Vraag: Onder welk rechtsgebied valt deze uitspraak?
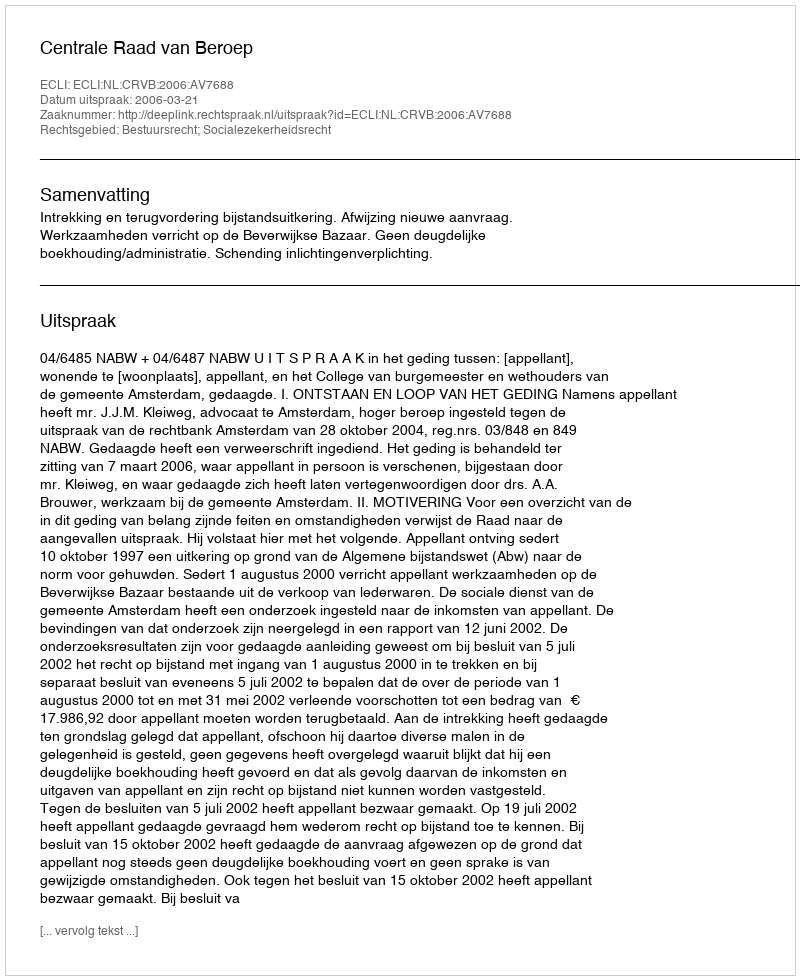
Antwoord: Bestuursrecht; Socialezekerheidsrecht